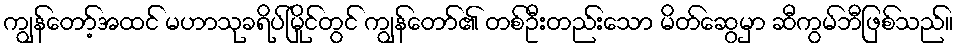
ကျွန်တော့်အထင် မဟာသုခရိပ်မြိုင်တွင် ကျွန်တော်၏ တစ်ဦးတည်းသော မိတ်ဆွေမှာ ဆီကွမ်ဘီဖြစ်သည်။